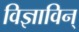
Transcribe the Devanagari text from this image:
विज्ञाविन्